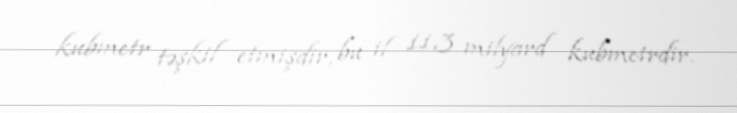
kubmetr təşkil etmişdir, bu il 11,3 milyard kubmetrdir.